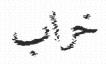
خراب